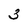
Character: 3